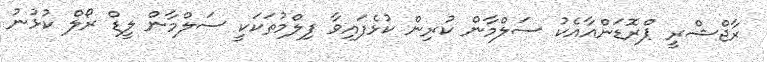
ރާޖްޝްރީ ޕްރޮޑަންއާއެކު ސަލްމާން ކުރިން ކުޅެފައިވާ ފިލްމުތަކަކީ ސަލްމާން ލީޑް ރޯލް ކުޅުނު